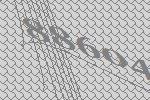
88604